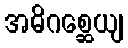
အဓိဂစ္ဆေယျ